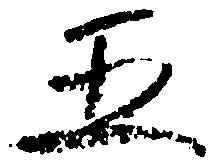
五